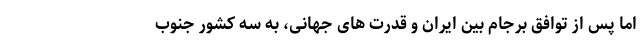
اما پس از توافق برجام بین ایران و قدرت های جهانی، به سه کشور جنوب